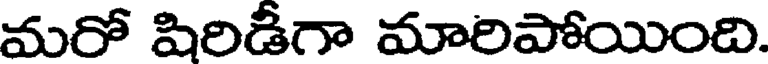
మరో షిరిడీగా మారిపోయింది.